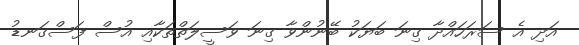
އަދި އެ ސަރަހައްދާ ގިނަ ބަޔަކު ބޭނުންވާ ގިނަ ވަސީލަތްތަކާއި އުސް ފަސްގަނޑު